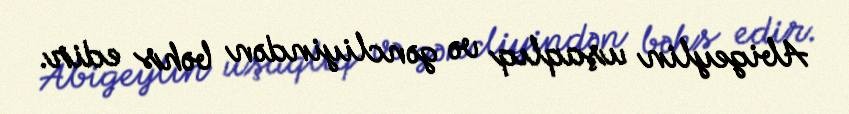
Abigeylin uşaqlıq və gəncliyindən bəhs edir.